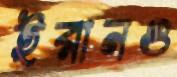
ইরানও